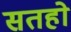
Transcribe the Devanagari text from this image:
सतहो